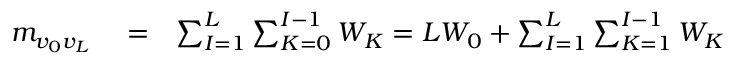
\begin{array} { r l r } { m _ { v _ { 0 } v _ { L } } } & { { } = } & { \sum _ { I = 1 } ^ { L } \sum _ { K = 0 } ^ { I - 1 } W _ { K } = L W _ { 0 } + \sum _ { I = 1 } ^ { L } \sum _ { K = 1 } ^ { I - 1 } W _ { K } } \end{array}